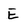
Character: E